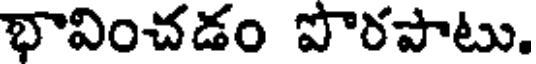
భావించడం పొరపాటు.